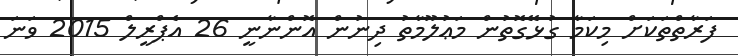
ފަރާތްތަކަށް މިކަމާ ގުޅޭގޮތުން މަޢުލޫމާތު ދިނުން އޮންނާނީ 26 އެޕްރީލް 2015 ވަނަ